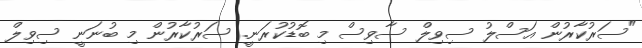
"ސަރުކާރުން އަސްލު ސިވިލް ސާވިސް މި ބޮޑުކުރަނީ. ސަރުކާރުން މި ބުނަނީ ސިވިލް